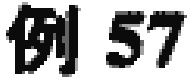
例 57